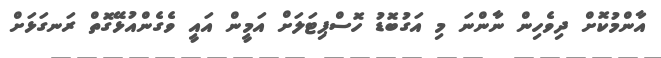
އާންމުކޮށް ދިވެހިން ނާންނަ މި އަގުބޮޑު ހޮސްޕިޓަލަށް އަމީން އައީ ވެގެންއުޅޭގޮތް ރަނގަޅަށް